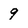
Character: 9